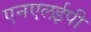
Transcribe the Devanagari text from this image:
एनएलईपी